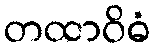
တထာဝိဓံ